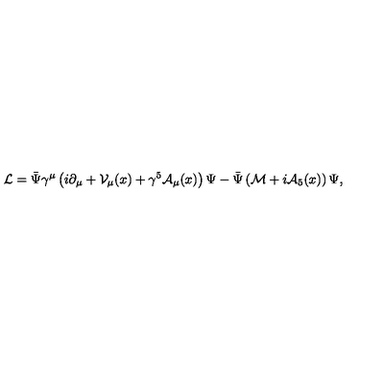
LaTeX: { \cal L } = \bar { \Psi } \gamma ^ { \mu } \left( i \partial _ { \mu } + { \cal V } _ { \mu } ( x ) + \gamma ^ { 5 } { \cal A } _ { \mu } ( x ) \right) \Psi - \bar { \Psi } \left( { \cal M } + i { \cal A } _ { 5 } ( x ) \right) \Psi ,